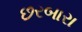
છરબારા